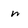
Character: n